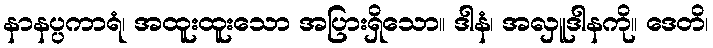
နာနပ္ပကာရံ၊ အထူးထူးသော အပြားရှိသော။ ဒါနံ၊ အလှူဒါနကို။ ဒေတိ၊